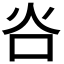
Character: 𬉸